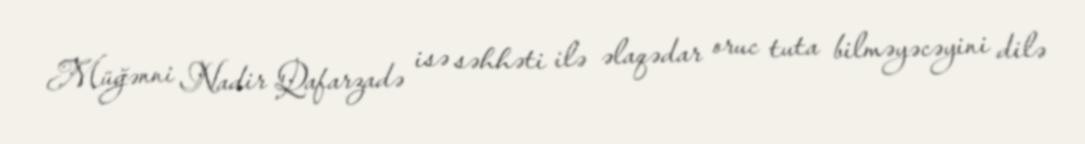
Müğənni Nadir Qafarzadə isə səhhəti ilə əlaqədar oruc tuta bilməyəcəyini dilə